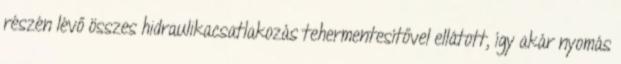
részén lévő összes hidraulikacsatlakozás tehermentesítővel ellátott, így akár nyomás